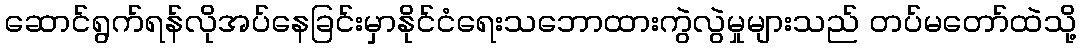
ဆောင်ရွက်ရန်လိုအပ်နေခြင်းမှာနိုင်ငံရေးသဘောထားကွဲလွဲမှုများသည် တပ်မတော်ထဲသို့